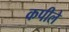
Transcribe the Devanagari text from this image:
कपीले